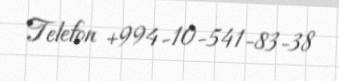
Telefon +994-10-541-83-38